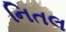
નિતલ